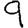
Digit: 9